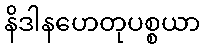
နိဒါနဟေတုပစ္စယာ